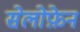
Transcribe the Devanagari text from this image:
सेलोफ़ेन